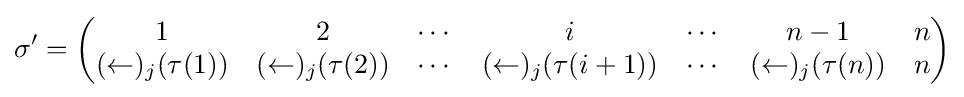
\sigma '={\begin{pmatrix}1&2&\cdots &i&\cdots &n-1&n\\(\leftarrow )_{j}(\tau (1))&(\leftarrow )_{j}(\tau (2))&\cdots &(\leftarrow )_{j}(\tau (i+1))&\cdots &(\leftarrow )_{j}(\tau (n))&n\end{pmatrix}}